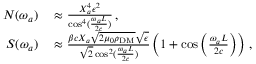
\begin{array} { r l } { N ( \omega _ { a } ) } & { { } \approx \frac { X _ { a } ^ { 4 } \epsilon ^ { 2 } } { \cos ^ { 4 } ( \frac { \omega _ { a } L } { 2 c } ) } \, , } \\ { S ( \omega _ { a } ) } & { { } \approx \frac { \beta c X _ { a } \sqrt { 2 \mu _ { 0 } \rho _ { \mathrm { D M } } } \sqrt { \epsilon } } { \sqrt { 2 } \cos ^ { 2 } ( \frac { \omega _ { a } L } { 2 c } ) } \left( 1 + \cos \left( \frac { \omega _ { a } L } { 2 c } \right) \right) \, , } \end{array}